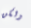
ولكن